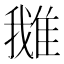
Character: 𨿍